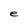
Character: e